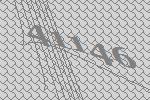
41146